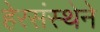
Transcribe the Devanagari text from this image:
हेरसंस्थेने